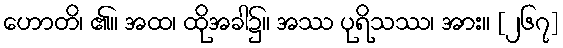
ဟောတိ၊ ၏။ အထ၊ ထိုအခါ၌။ အဿ ပုရိသဿ၊ အား။ [၂၆၇]